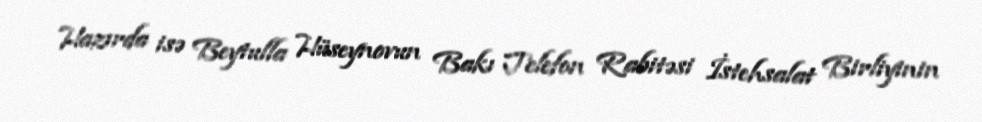
Hazırda isə Beytulla Hüseynovun Bakı Telefon Rabitəsi İstehsalat Birliyinin